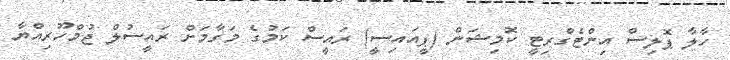
ހާލާ ޕޮލިސް އިންޓެގްރިޓީ ކޮމިޝަން (ޕީއައިސީ) ރައީސް ކަމުގެ މަގާމަށް ރައީސުލް ޖުމްހޫރިއްޔާ